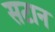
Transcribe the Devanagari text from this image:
सटान